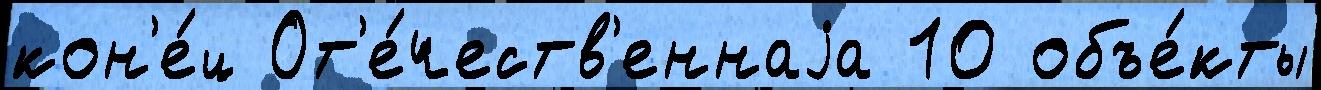
кон'е́ц От'е́честв'еннаjа 10 объе́кты